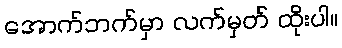
အောက်ဘက်မှာ လက်မှတ် ထိုးပါ။